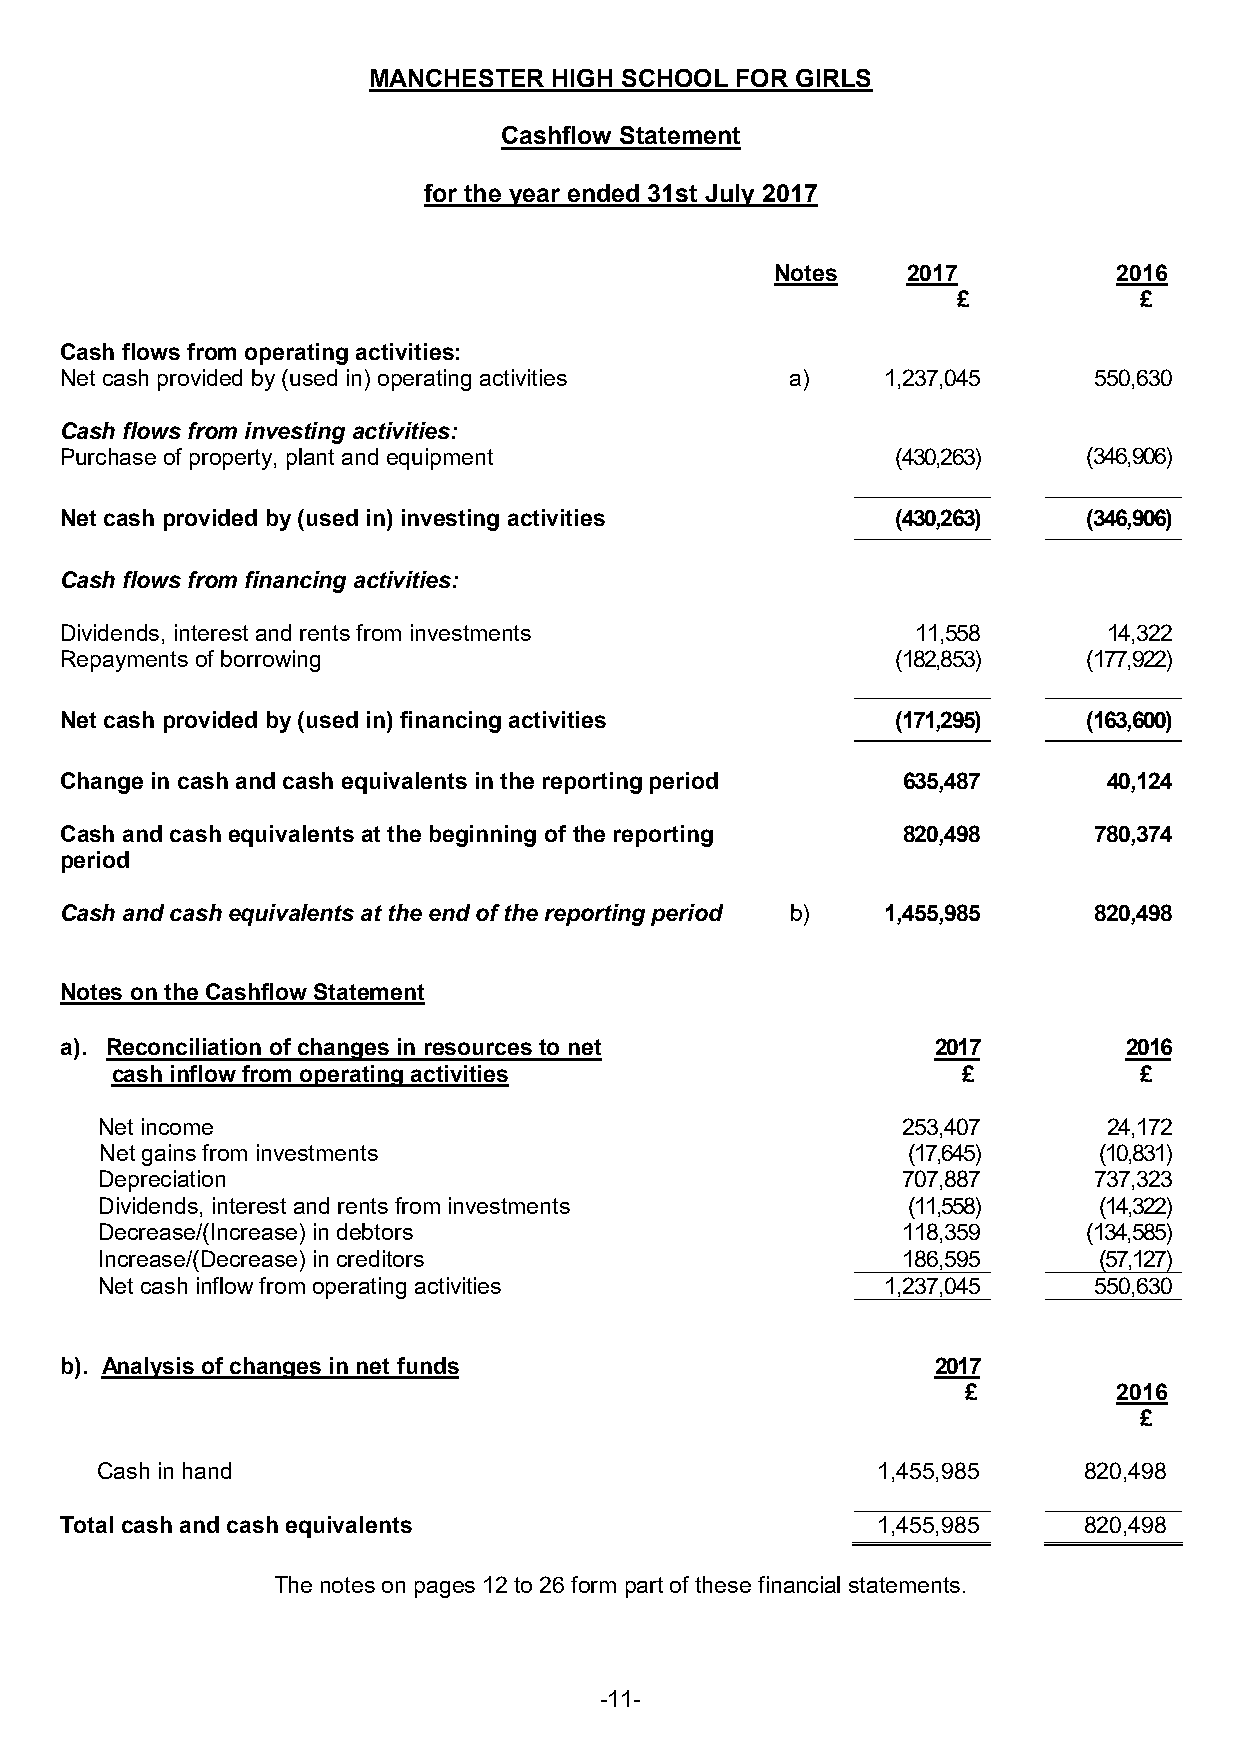
MANCHESTER   HIGH SCHOOL FOR GIRLS
 Cashflow Statement
 for the year ended 31st July 2017
 Notes    2017          2016
 £           £
 Cash flows from operating activities:
 Net cash provided by (used in) operating activities a) 1,237,045    550,630
 Cash flows from investing activities:
 Purchase of property, plant and equipment              (430,263)    (346,906)
 Net cash provided by (used in) investing activities    (430,263)    (346,906)
 Cash flows from financing activities:
 Dividends, interest and rents from investments           11,558      14,322
 Repayments of borrowing                                (182,853)    (177,922)
 Net cash provided by (used in) financing activities    (171,295)    (163,600)
 Change in cash and cash equivalents in the reporting period 635,487  40,124
 Cash and cash equivalents at the beginning of the reporting 820,498 780,374
 period
 Cash and cash equivalents at the end of the reporting period b) 1,455,985 820,498
 Notes on the Cashflow Statement
 a). Reconciliation of changes in resources to net         2017        2016
 cash inflow from operating activities                    £          £
 Net income                                           253,407      24,172
 Net gains from investments                           (17,645)     (10,831)
 Depreciation                                         707,887     737,323
 Dividends, interest and rents from investments       (11,558)     (14,322)
 Decrease/(Increase) in debtors                       118,359     (134,585)
 Increase/(Decrease) in creditors                     186,595      (57,127)
 Net cash inflow from operating activities          1,237,045     550,630
 b). Analysis of changes in net funds                      2017
 £         2016
 £
 Cash in hand                                        1,455,985     820,498
 Total cash and cash equivalents                       1,455,985     820,498
 The notes on pages 12 to 26 form part of these financial statements.
 -11-